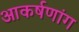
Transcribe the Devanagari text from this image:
आकर्षणांग